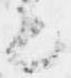
と